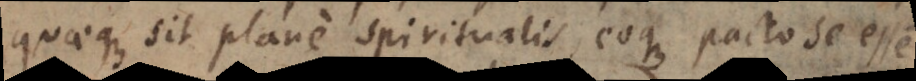
quaeque sit plane spiritualis, eoque pacto se esse